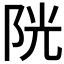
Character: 𨹂